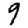
Digit: 9